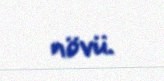
növü.